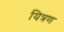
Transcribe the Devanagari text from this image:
यित्रण